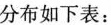
分布如下表: